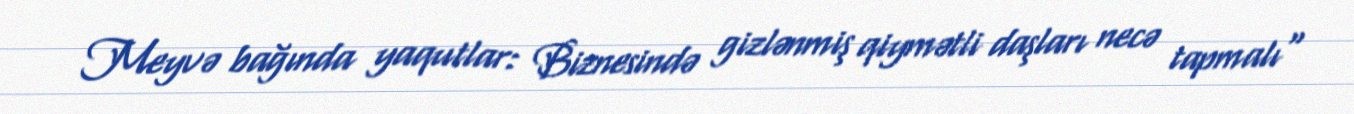
Meyvə bağında yaqutlar: Biznesində gizlənmiş qiymətli daşları necə tapmalı"